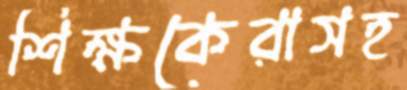
শিক্ষকেরাসহ